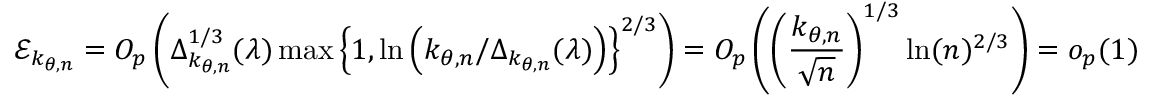
\mathcal { E } _ { k _ { \theta , n } } = O _ { p } \left( \Delta _ { k _ { \theta , n } } ^ { 1 / 3 } ( \lambda ) \operatorname* { m a x } \left\{ 1 , \ln \left( k _ { \theta , n } / \Delta _ { k _ { \theta , n } } ( \lambda ) \right) \right\} ^ { 2 / 3 } \right) = O _ { p } \left( \left( \frac { k _ { \theta , n } } { \sqrt { n } } \right) ^ { 1 / 3 } \ln ( n ) ^ { 2 / 3 } \right) = o _ { p } ( 1 )